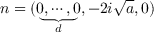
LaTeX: n = ( \underbrace { 0 , \cdots , 0 } _ { d } , - 2 i \sqrt { a } , 0 )